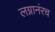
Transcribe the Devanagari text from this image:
लग्नानंरच